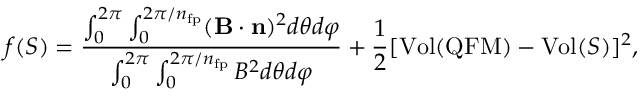
f ( S ) = \frac { \int _ { 0 } ^ { 2 \pi } \int _ { 0 } ^ { 2 \pi / n _ { \mathrm { f p } } } ( \mathbf B \cdot \mathbf n ) ^ { 2 } d \theta d \varphi } { \int _ { 0 } ^ { 2 \pi } \int _ { 0 } ^ { 2 \pi / n _ { \mathrm { f p } } } B ^ { 2 } d \theta d \varphi } + \frac { 1 } { 2 } [ \mathrm { V o l } ( \mathrm { Q F M } ) - \mathrm { V o l } ( S ) ] ^ { 2 } ,